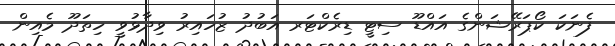
ފެނަކަ ކޯޕަރޭޝަންގެ އައްޑޫ ސިޓީ ޑިރެކްޓަރ އަބުދު ޒުހައިރު ވިދާޅުވީ ހިތަދޫ މެއިން